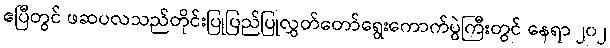
ဧပြီတွင် ဖဆပလသည်တိုင်းပြုပြည်ပြုလွှတ်တော်ရွေးကောက်ပွဲကြီးတွင် နေရာ ၂၀၂